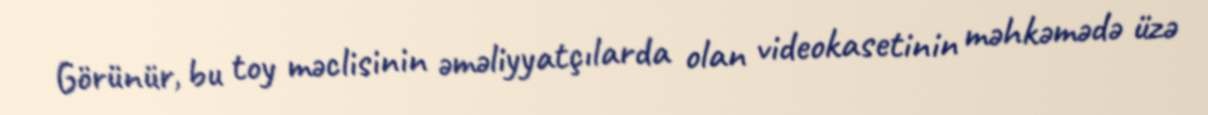
Görünür, bu toy məclisinin əməliyyatçılarda olan videokasetinin məhkəmədə üzə